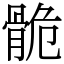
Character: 𩨾